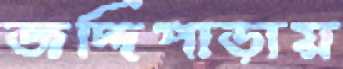
জদ্দিপাড়ায়